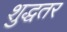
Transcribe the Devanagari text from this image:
शुद्धतर